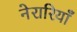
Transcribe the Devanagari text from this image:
नेरारियाँ